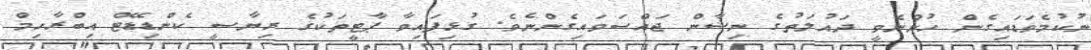
ނުކުމެވަޑައިގެން ހުންނެވީ ދައުލަތުގެ ނިޝާން ޖައްސަވައިގެންނެވެ. ގުޅިފައިވާ ޕާޓީތަކުގެ ރިޔާސީ ކެންޑިޑޭޓް އިބްރާހިމް